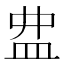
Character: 𥁖